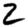
Digit: 2